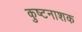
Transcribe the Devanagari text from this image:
कुष्टनाशक